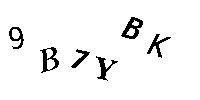
9B7YBK